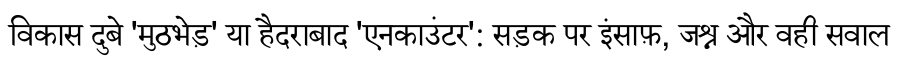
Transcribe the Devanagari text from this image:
विकास दुबे 'मुठभेड़' या हैदराबाद 'एनकाउंटर': सड़क पर इंसाफ़, जश्न और वही सवाल